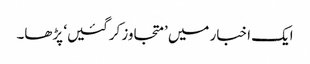
ایک اخبار میں ’متجاوز کرگئیں‘ پڑھا۔